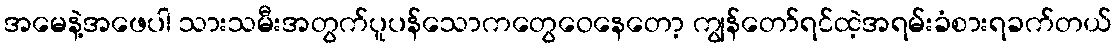
အမေနဲ့အဖေပါ သားသမီးအတွက်ပူပန်သောကတွေဝေနေတော့ ကျွန်တော်ရင်ထဲ့အရမ်းခံစားရခက်တယ်